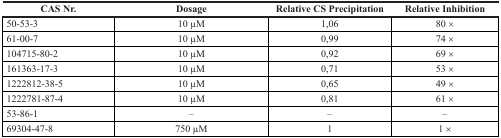
<table><thead><tr><td><b>CAS Nr.</b></td><td><b>Dosage</b></td><td><b>Relative CS Precipitation</b></td><td><b>Relative Inhibition</b></td></tr></thead><tbody><tr><td>50-53-3</td><td>10 μM</td><td>1,06</td><td>80 ×</td></tr><tr><td>61-00-7</td><td>10 μM</td><td>0,99</td><td>74 ×</td></tr><tr><td>104715-80-2</td><td>10 μM</td><td>0,92</td><td>69 ×</td></tr><tr><td>161363-17-3</td><td>10 μM</td><td>0,71</td><td>53 ×</td></tr><tr><td>1222812-38-5</td><td>10 μM</td><td>0,65</td><td>49 ×</td></tr><tr><td>1222781-87-4</td><td>10 μM</td><td>0,81</td><td>61 ×</td></tr><tr><td>53-86-1</td><td>–</td><td>–</td><td>–</td></tr><tr><td>69304-47-8</td><td>750 μM</td><td>1</td><td>1 ×</td></tr></tbody></table>